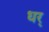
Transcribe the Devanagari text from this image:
धर्